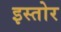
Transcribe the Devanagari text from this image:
इस्तोर